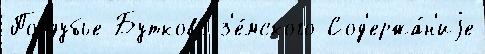
Поддубье Бутково з'е́мского Сод'ержа́н'иjе